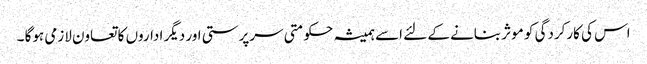
اس کی کارکردگی کو موثر بنانے کے لئے اسے ہمیشہ حکومتی سرپرستی اور دیگر اداروں کا تعاون لازمی ہوگا ۔